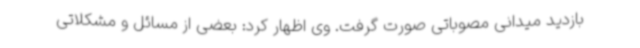
بازدید میدانی مصوباتی صورت گرفت. وی اظهار کرد: بعضی از مسائل و مشکلاتی